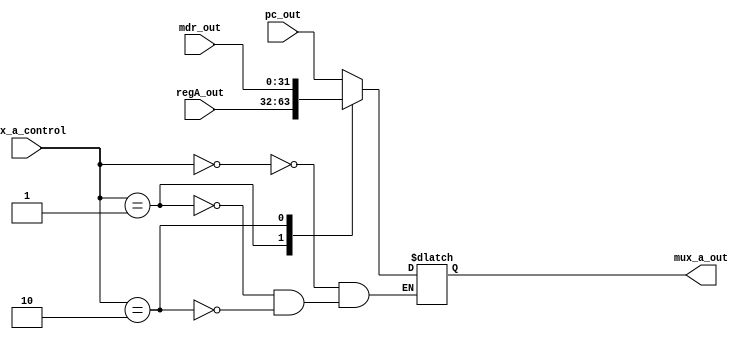
module mux_a (
    input wire  [1:0]  mux_a_control,
    input wire  [31:0] pc_out,
    input wire  [31:0] regA_out,
    input wire  [31:0] mdr_out,
    output reg [31:0] mux_a_out
);

always @(*) begin
    case(mux_a_control)

        2'b00 : mux_a_out <= pc_out;
        2'b01 : mux_a_out <= regA_out;
        2'b10 : mux_a_out <= mdr_out;

    endcase
end

    
endmodule